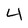
Character: 4